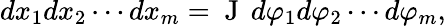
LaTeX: dx_{1}dx_{2}\cdots dx_{m}=\mathrm{~J~}\, d\varphi_{1}d\varphi_{2}\cdots d\varphi_{m},